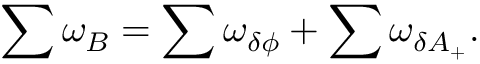
\sum \omega _ { B } = \sum \omega _ { \delta \phi } + \sum \omega _ { \delta A _ { + } } .